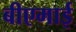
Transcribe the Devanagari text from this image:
बीएमाई